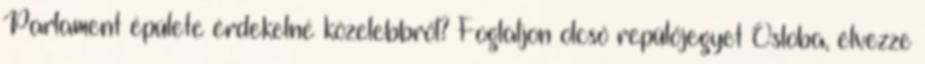
Parlament épülete érdekelné közelebbről? Foglaljon olcsó repülőjegyet Osloba, élvezze